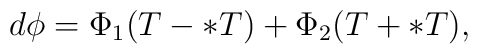
d\phi = \Phi_{1}(T-\ast T) + \Phi_{2}(T + \ast T),